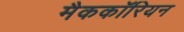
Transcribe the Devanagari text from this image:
मैककॉरियन